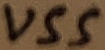
Text: VSS